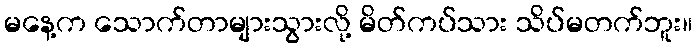
မနေ့က သောက်တာများသွားလို့ မိတ်ကပ်သား သိပ်မတက်ဘူး။